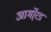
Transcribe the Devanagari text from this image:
आर्मो्रड